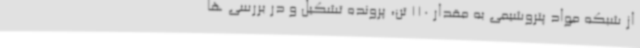
از شبکه مواد پتروشیمی به مقدار 110 تن، پرونده تشکیل و در بررسی ها